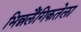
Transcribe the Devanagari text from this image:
भिन्नलैंगिकतेला